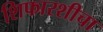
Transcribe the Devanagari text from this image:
शिफारशीचा